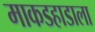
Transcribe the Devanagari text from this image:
माकडहाडाला